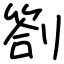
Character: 劄